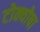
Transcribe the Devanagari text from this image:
टोक्योषा